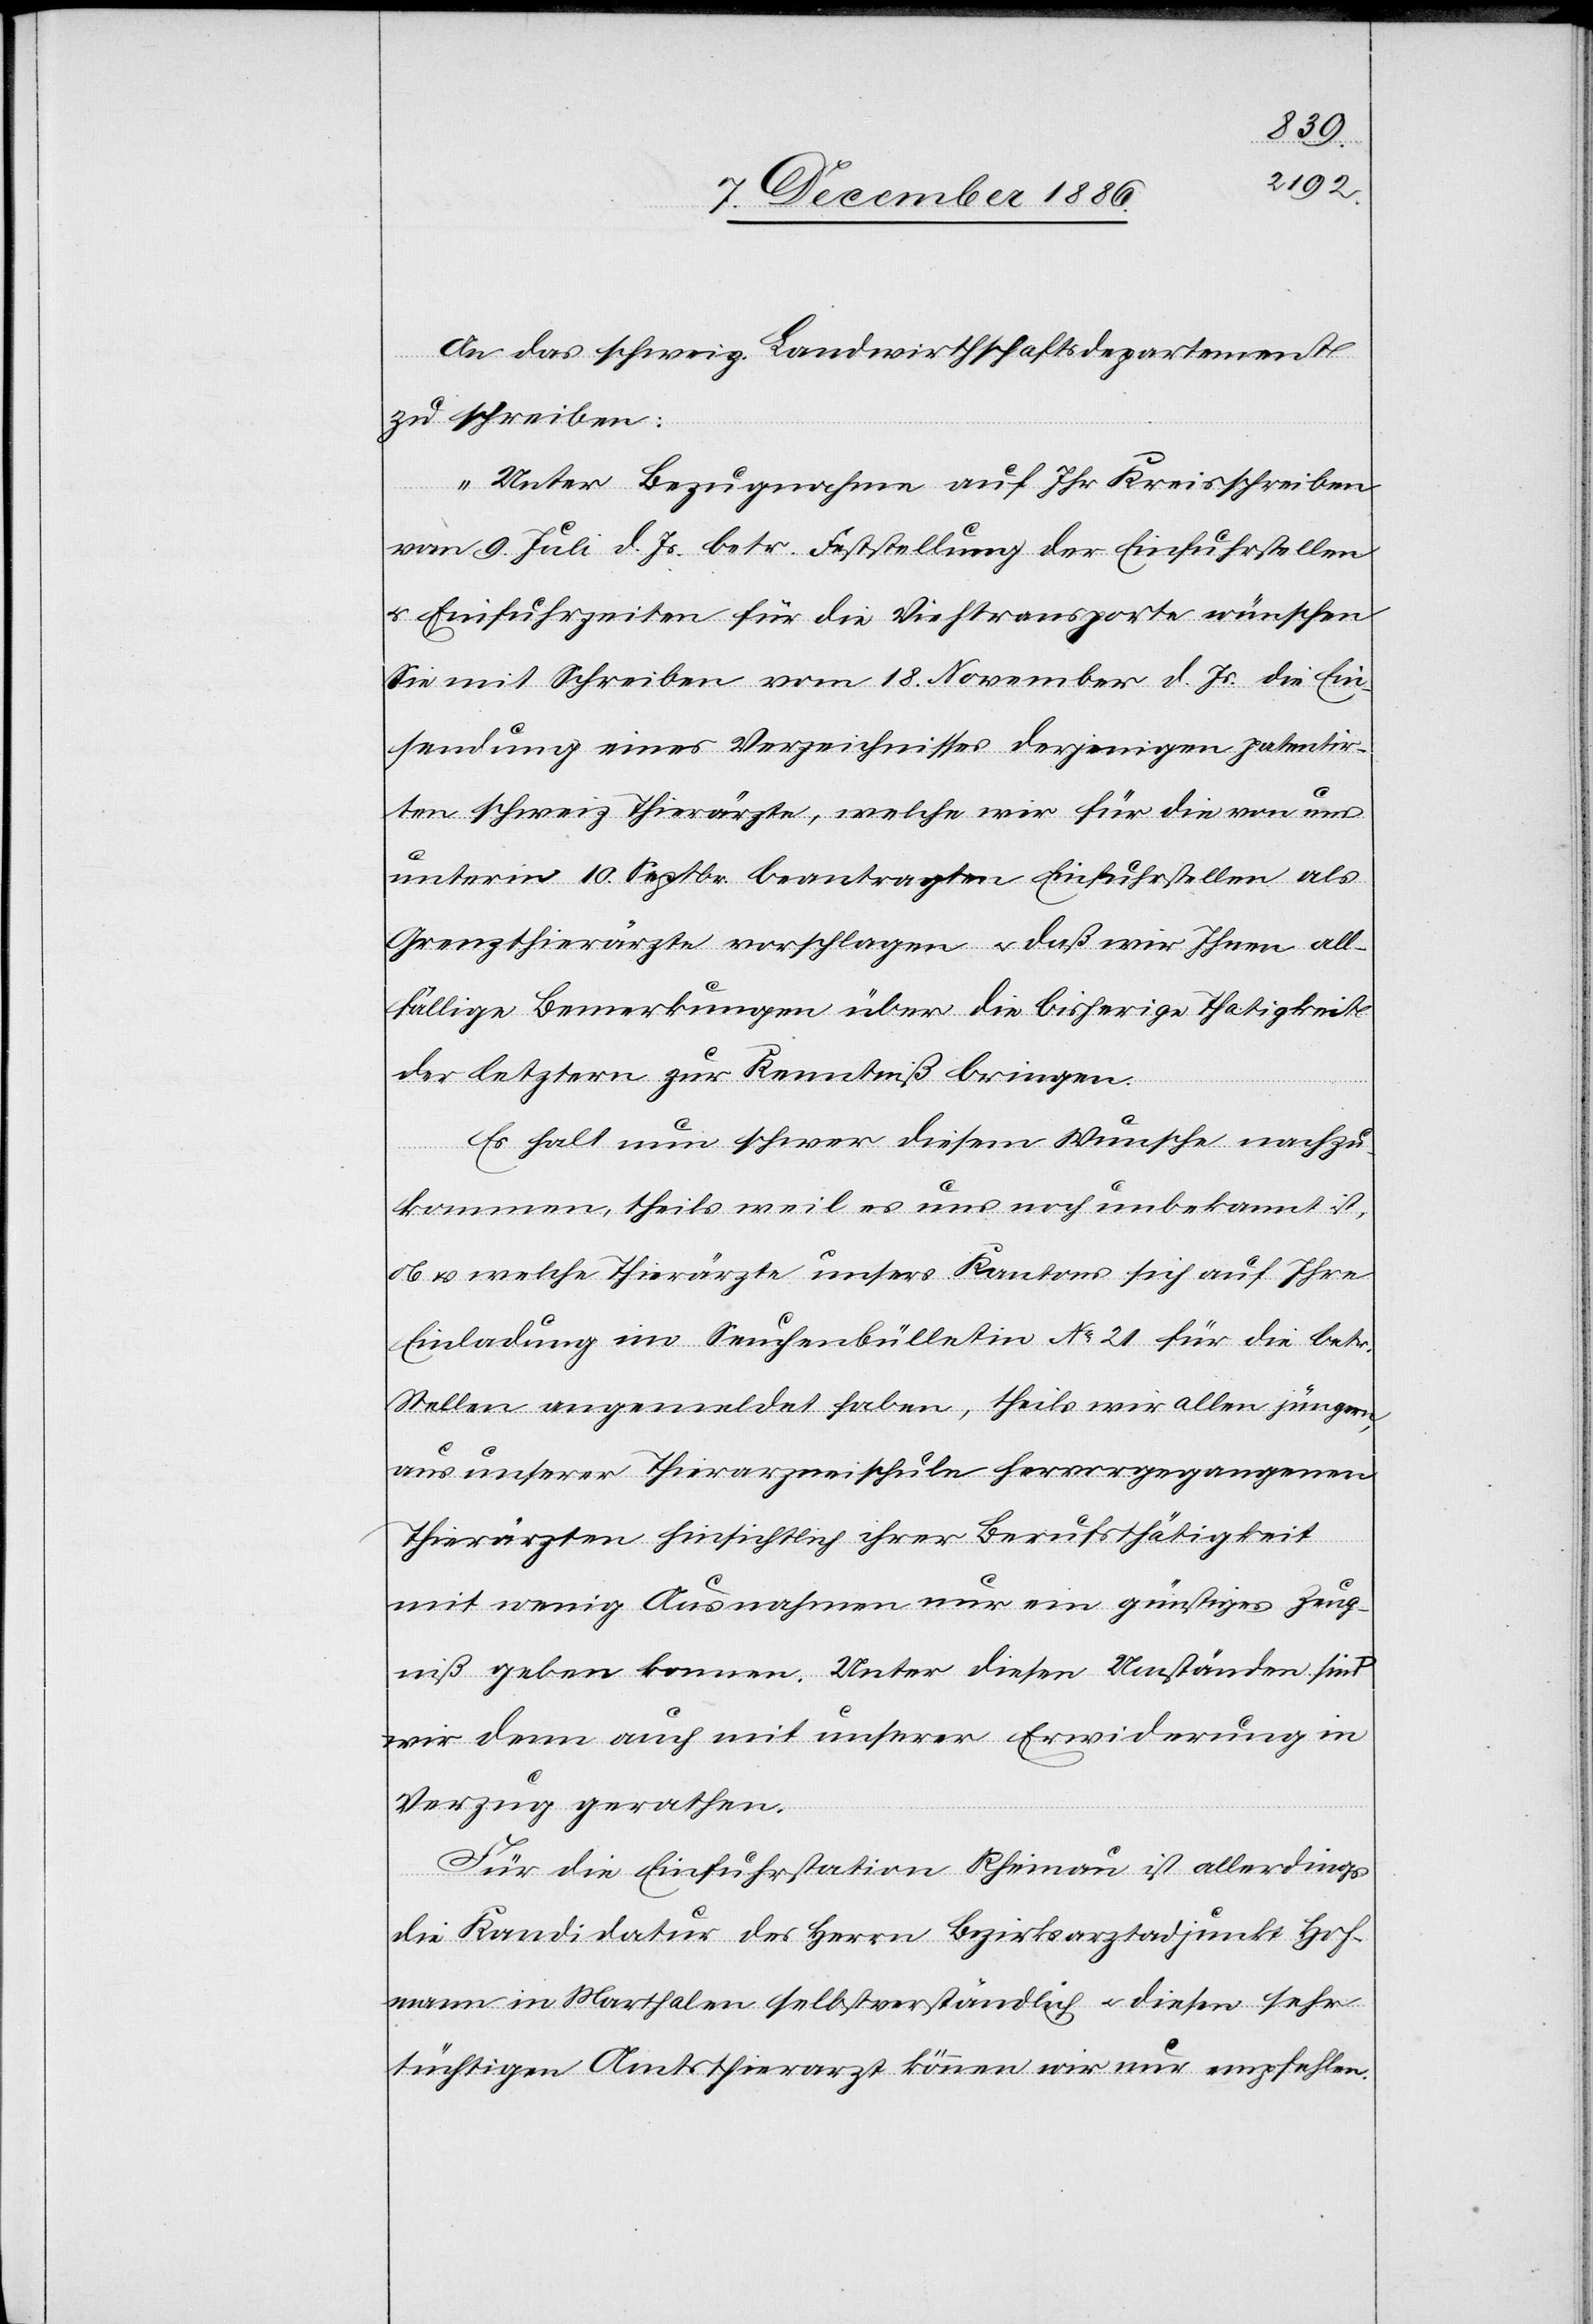
An das schweiz. Landwirthschaftsdepartement
zu schreiben:
„Unter Bezugnahme auf Ihr Kreisschreiben
vom 9. Juli d. Js. betr. Feststellung der Einfuhrstellen
& Einfuhrzeiten für die Viehtransporte wünschen
Sie mit Schreiben vom 18. November d. Js. die Ein¬
sendung eines Verzeichnisses derjenigen patentir¬
ten schweiz. Thierärzte, welche wir für die von uns
unterm 10. Septbr. beantragten Einfuhrstellen als
Grenzthierärzte vorschlagen & daß wir Ihnen all¬
fällige Bemerkungen über die bisherige Thatigkeit
der letztern zur Kenntniß bringen.
Es halt [sic!] nun schwer diesem Wunsche nachzu¬
kommen, theils weil es uns noch unbekannt ist,
ob & welche Thierärzte unsers Kantons sich auf Ihre
Einladung im Seuchenbülletin No 21 für die betr.
Stellen angemeldet haben, theils [weil] wir allen jüngern,
aus unserer Thierarzneischule hervorgegangenen
Thierärzten hinsichtlich ihrer Berufsthätigkeit
mit wenig Ausnahmen nur ein günstiges Zeug¬
niß geben konnen [sic!]. Unter diesen Umständen sind
wir denn auch mit unserer Erwiderung in
Verzug gerathen.
Für die Einfuhrstation Rheinau ist allerdings
die Kandidatur des Herrn Bezirksarztadjunkt Hof¬
mann in Marthalen selbstverständlich & diesen sehr
tüchtigen Amtsthierarzt können wir nur empfehlen.